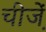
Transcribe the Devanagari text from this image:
चीजे़ं